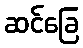
ဆင်ခြေ